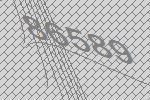
86589